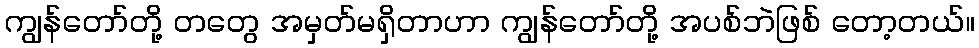
ကျွန်တော်တို့ တတွေ အမှတ်မရှိတာဟာ ကျွန်တော်တို့ အပစ်ဘဲဖြစ် တော့တယ်။